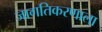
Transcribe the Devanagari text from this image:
जागतिकरणाला